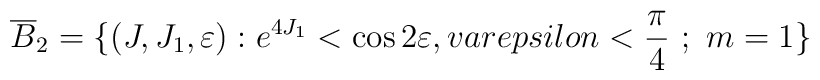
\overline{B}_2= \{ (J,J_1,\varepsilon) : e^{4J_1} < \cos 2\varepsilon,\\varepsilon < \frac{\pi}{4} \ ; \ m = 1 \}